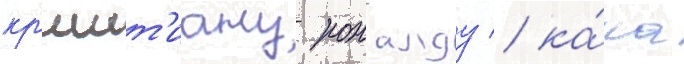
кр'ишт'иану роналду / ка́ка